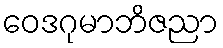
ဝေဒဂုမာဘိဇညာ